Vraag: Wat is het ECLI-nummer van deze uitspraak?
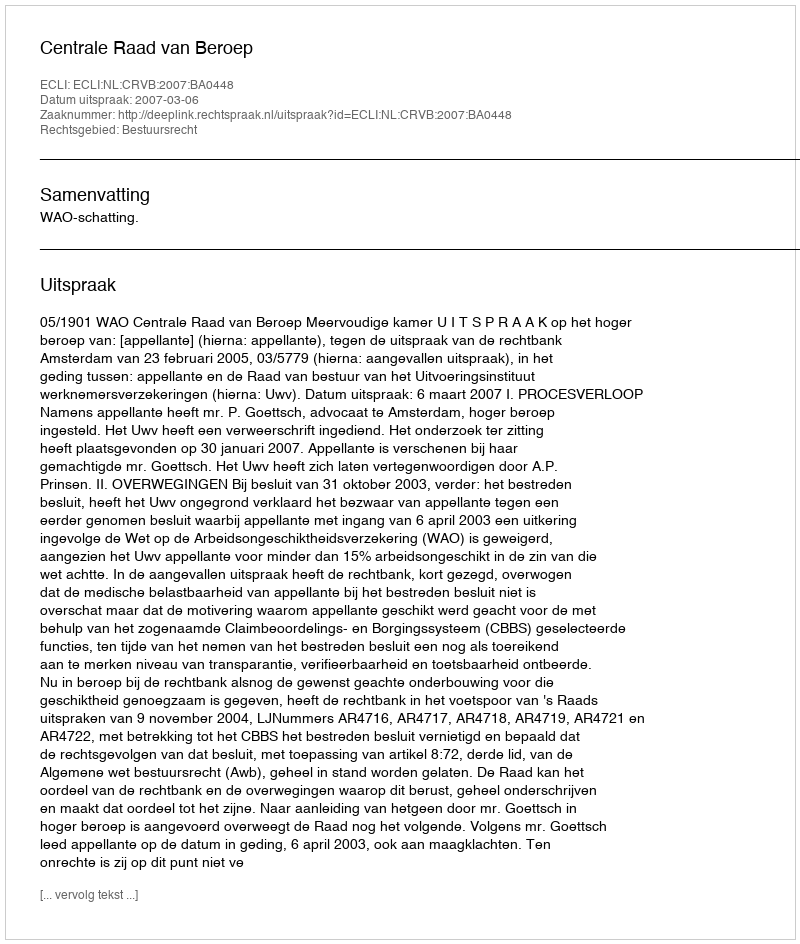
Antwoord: ECLI:NL:CRVB:2007:BA0448